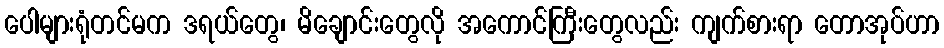
ပေါများရုံတင်မက ဒရယ်တွေ၊ မိချောင်းတွေလို အကောင်ကြီးတွေလည်း ကျက်စားရာ တောအုပ်ဟာ